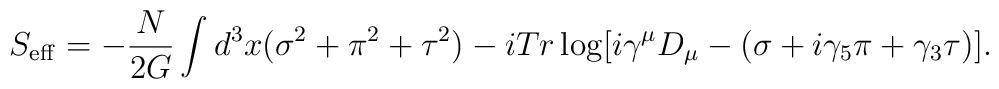
S_{\rm eff}=-\frac{N}{2G}\int d^3x(\sigma^2+\pi^2+\tau^2)-iTr\log[i\gamma^\mu D_\mu-(\sigma+i\gamma_5\pi+\gamma_3\tau)].